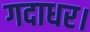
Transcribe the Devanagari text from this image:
गदाधर।